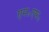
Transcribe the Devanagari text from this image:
एम॰एफ॰